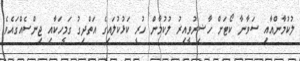
ލުކުމާންއާއި ސަވާނާ ކޯޓަށް ހާޟިރުވީއިރު ލުކުމާން ހުރީ ކަޅުކުލައިގެ އަތްދިގު ގަމީހަކާއި ޖިންސެއްގައެވެ.